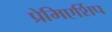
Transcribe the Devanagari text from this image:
प्रेमिएर्शिप